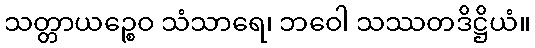
သတ္တာယဉ္စေဝ သံသာရေ၊ ဘဝေါ သဿတဒိဋ္ဌိယံ။